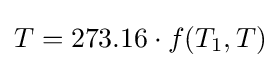
T=273.16\cdot f(T_{1},T)